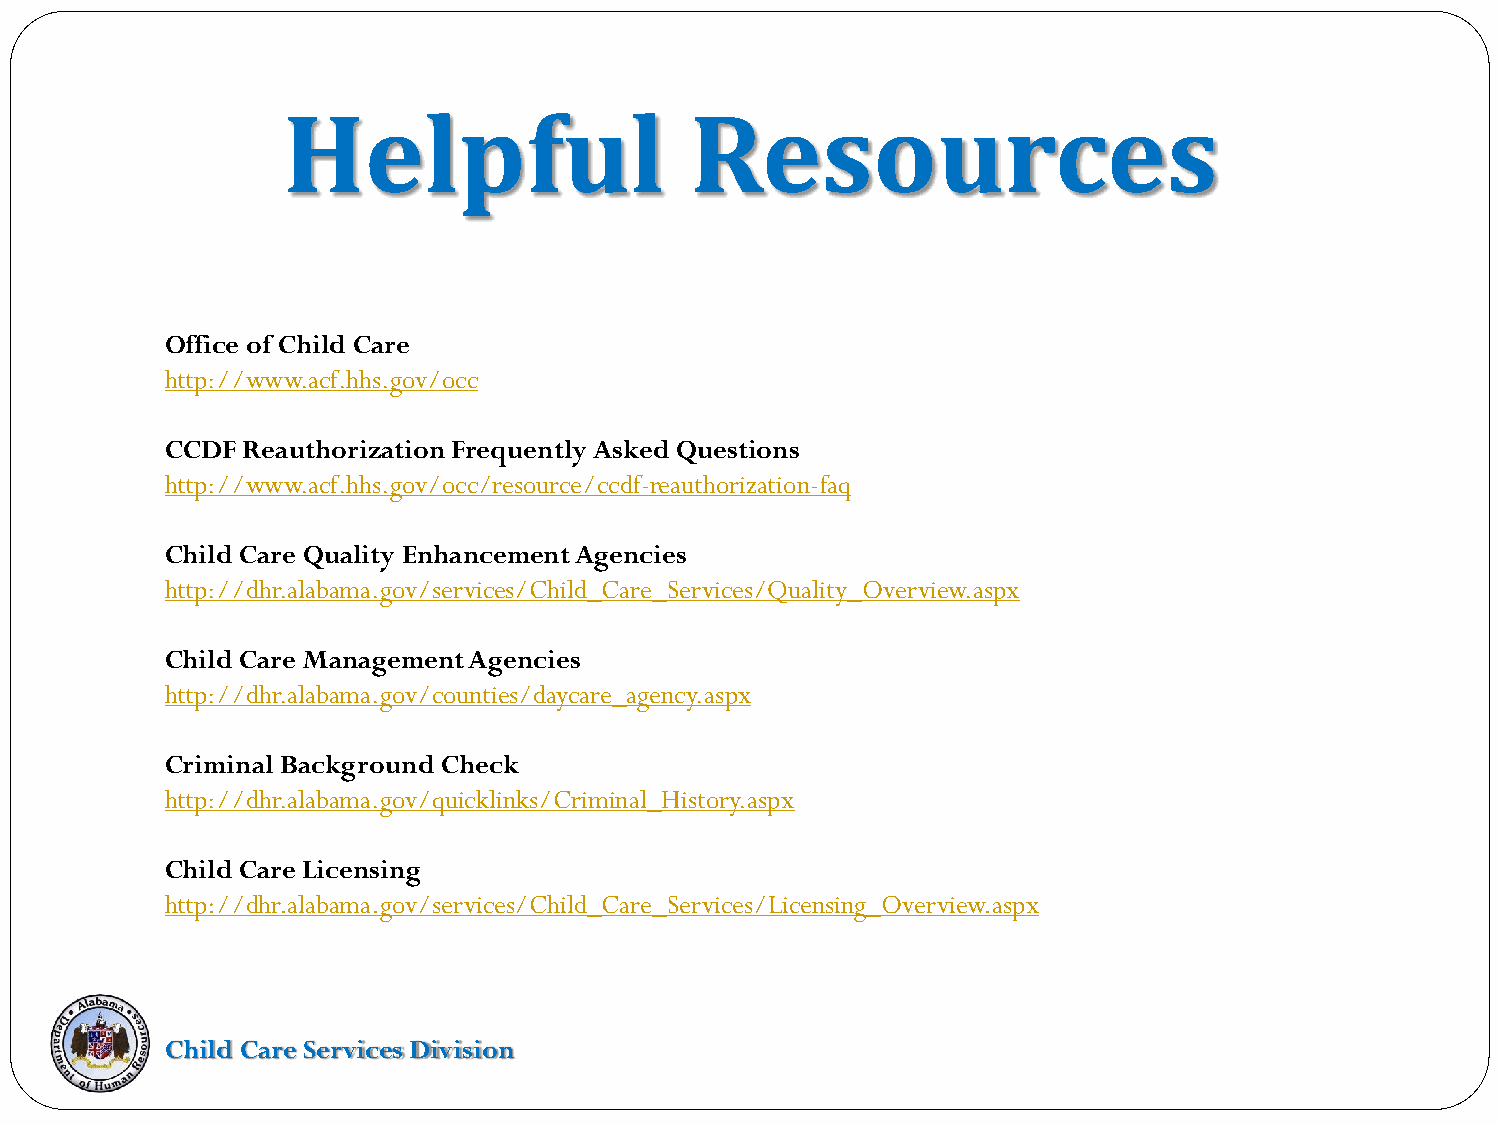
Helpful                    Resources
 Office of Child Care
 http://www.acf.hhs.gov/occ
 CCDF Reauthorization Frequently Asked Questions
 http://www.acf.hhs.gov/occ/resource/ccdf-reauthorization-faq
 Child Care Quality Enhancement Agencies
 http://dhr.alabama.gov/services/Child_Care_Services/Quality_Overview.aspx
 Child Care Management Agencies
 http://dhr.alabama.gov/counties/daycare_agency.aspx
 Criminal Background Check
 http://dhr.alabama.gov/quicklinks/Criminal_History.aspx
 Child Care Licensing
 http://dhr.alabama.gov/services/Child_Care_Services/Licensing_Overview.aspx
 Child Care Services Division